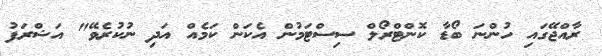
ރާއްޖޭގައި ހުންނަ ބޯޑާ ކޮންޓްރޯލް ސިސްޓަމުން އެކަން ކަމެއް އަދި ނުކުރެވޭ" އަޝްރަފު